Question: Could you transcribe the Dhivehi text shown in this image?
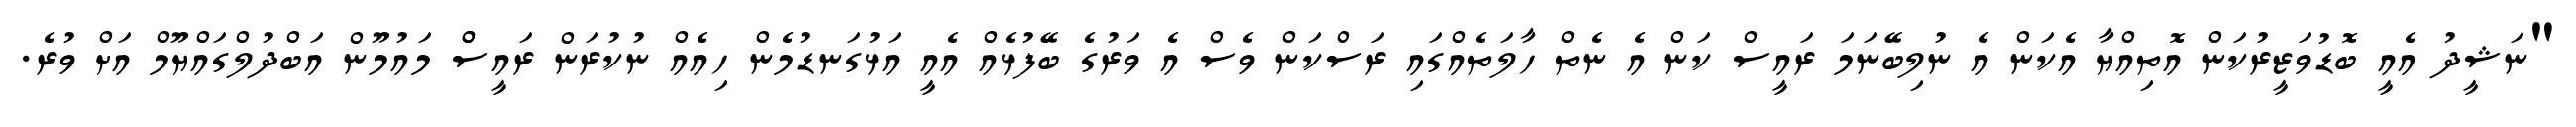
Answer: "ނަޝީދު އެއީ ބޮޑުވަޒީރުކަން އޮތިއްޔާ އެކަން އެ ނުލިބޭނަމަ ރައީސް ކަން އެ ނެތް ހާލަތެއްގައި ރަސްކަން ވެސް އެ ވަރުގެ ބޭފުޅެއް އެއީ އަޅުގަނޑުމެން ހިއެއް ނުކުރަން ރައީސްް މައުމޫން އަބްދުލްގައްޔޫމް އަށް ވުރެ.